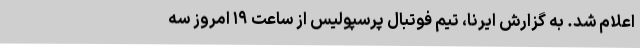
اعلام شد. به گزارش ایرنا، تیم فوتبال پرسپولیس از ساعت ۱۹ امروز سه